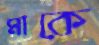
মাকে